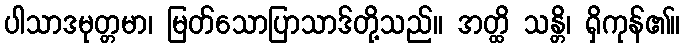
ပါသာဒမုတ္တမာ၊ မြတ်သောပြာသာဒ်တို့သည်။ အတ္ထိ သန္တိ၊ ရှိကုန်၏။